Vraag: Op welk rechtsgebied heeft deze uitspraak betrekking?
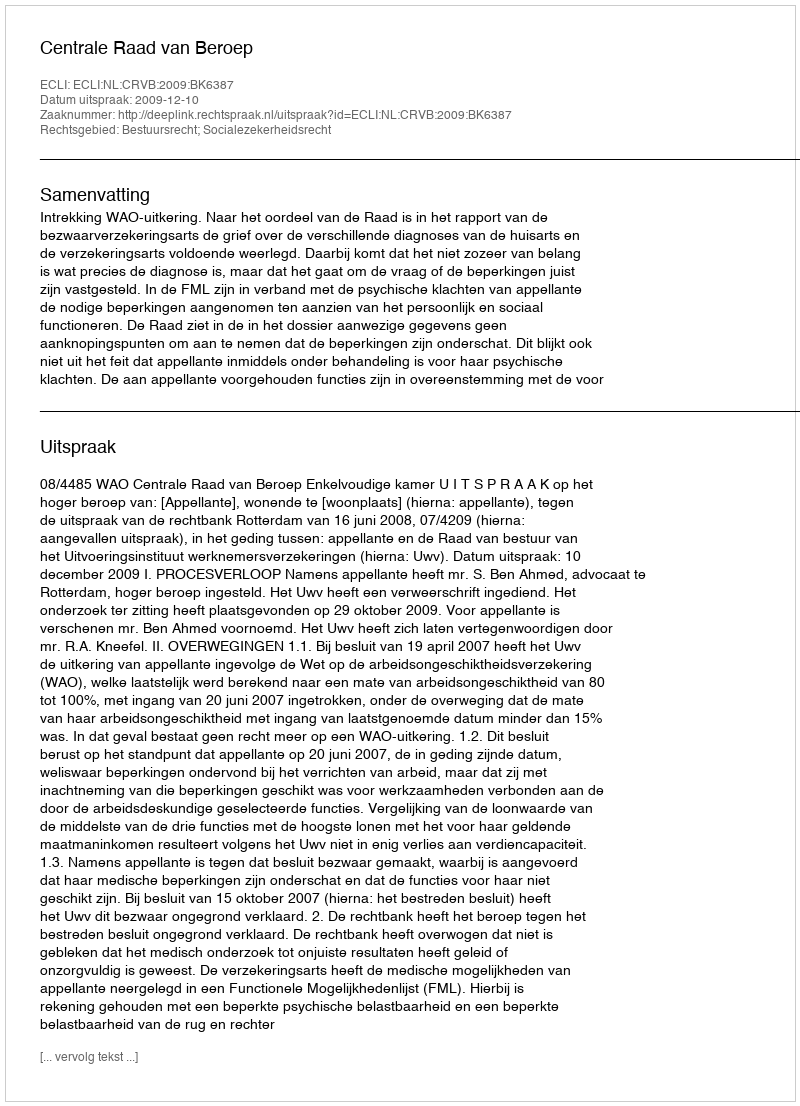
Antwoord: Bestuursrecht; Socialezekerheidsrecht